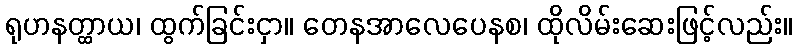
ရုဟနတ္ထာယ၊ ထွက်ခြင်းငှာ။ တေနအာလေပေနစ၊ ထိုလိမ်းဆေးဖြင့်လည်း။